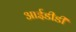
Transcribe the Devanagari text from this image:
आईडीडी